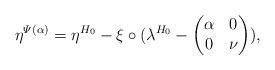
LaTeX: \begin{align*}\eta^{\varPsi(\alpha)}=\eta^{H_0}-\xi\circ(\lambda^{H_0}-\begin{pmatrix}\alpha & 0\\0 & \nu\end{pmatrix}),\end{align*}